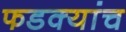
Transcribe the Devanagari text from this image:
फडक्यांच